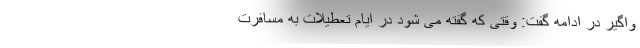
واگیر در ادامه گفت: وقتی که گفته می شود در ایام تعطیلات به مسافرت